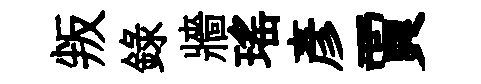
叛録牆瑶彥賈